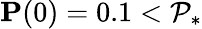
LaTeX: \mathbf{P}(0)=0.1<\mathcal{P}_{*}